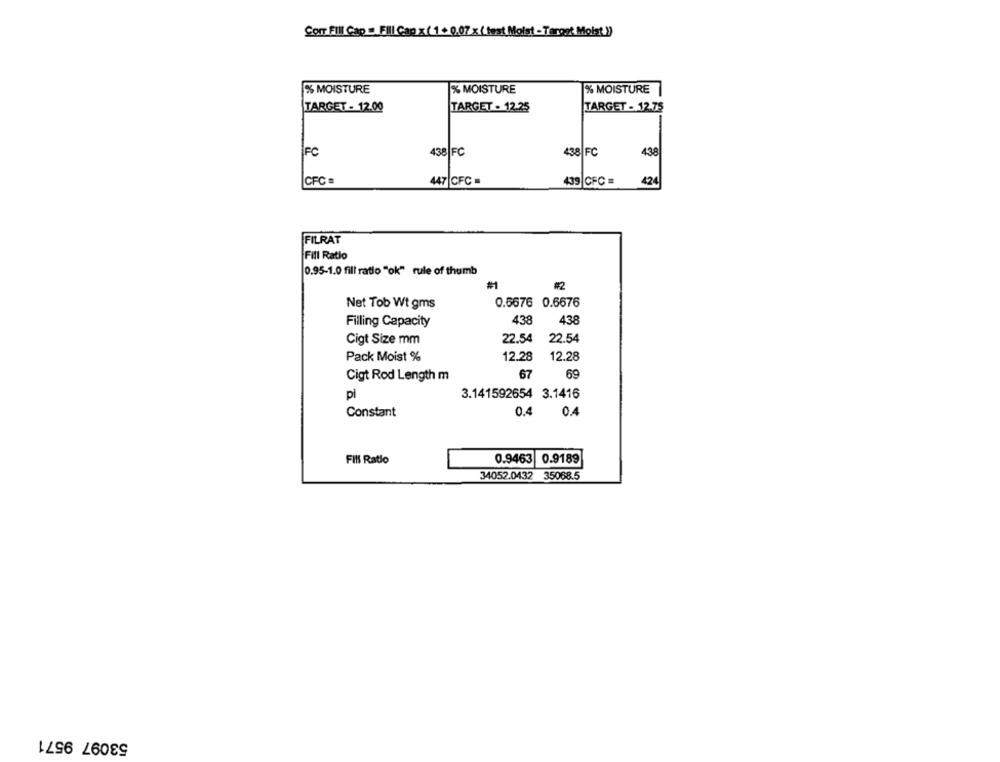
Con Fill Cap = Fill Cap x (1+0.07 x (fest Moist -Target Moist)
% MOISTURE
% MOISTURE
% MOISTURE
TARGET - 12.00
TARGET - 12.25
TARGET - 12.75
FC
438|FC
438 FC
438
|CFC
447 CFC =
439 CFC =
424
FILRAT
Fill Ratio
0.95-1.0 fill ratio "ok" rule of thumb
#1
#2
Net Tob Wt gms
0.5676 0.6676
438
438
Filling Capacity
Cigt Size mm
22.54
22.54
Pack Moist %
12.28
12.28
67
69
Cigt Rod Length m
pi
3.141592654 3.1416
0.4
Constant
0.4
Fill Ratio
0.9463 0.9189
34052.0432
35068.5
53097 9571